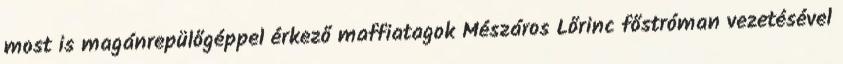
most is magánrepülőgéppel érkező maffiatagok Mészáros Lőrinc főstróman vezetésével